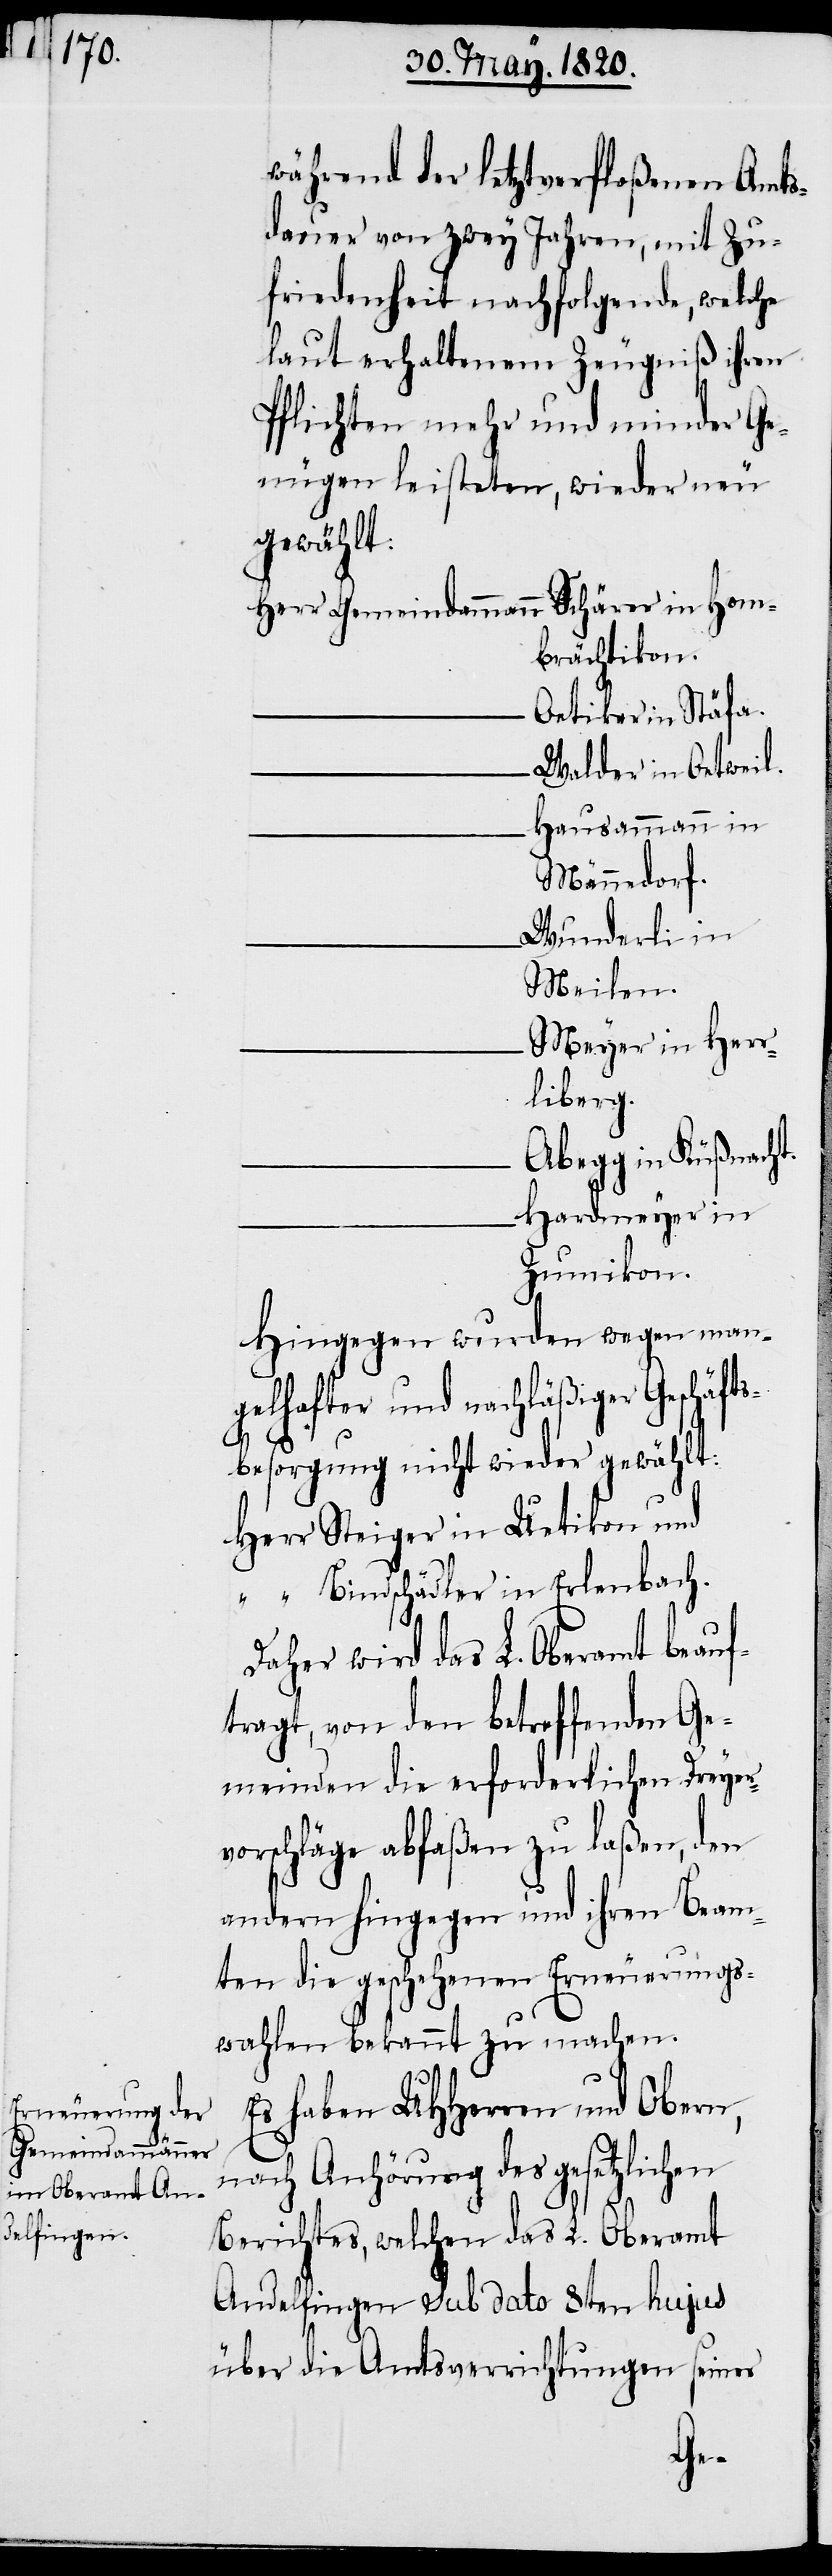
während der letztverfloßenen Amts¬
dauer von zwey Jahren, mit Zu¬
friedenheit nachfolgenden, welche
laut erhaltenem Zeugniß ihre
Pflichten mehr und minder Ge¬
nügen leisteten, wieder neu
gewählt:
Herr Gemeindammann	Schärer in Hom¬
brächtikon.
Oetiker in Stäfa.
Walder in Oetwil.
Hausammann in
Männedorf.
Wunderli in
Meilen.
Meyer in Herr¬
liberg.
Abegg in Küßnacht.
Hardmeyer in
Zumikon.
Hingegen wurden wegen man¬
gelhafter und nachläßiger Geschäft¬
sbesorgung nicht wieder gewählt:
Herr Steiger in Uetikon und
“ Bindschädler in Erlenbach.
Daher wird das L. Oberamt beauf¬
tragt, von den betreffenden Ge¬
meinden die erforderlichen Dreyer¬
vorschläge abfaßen zu laßen, den
andern hingegen und ihren Beam¬
ten die geschehenen Erneuerungs¬
wahlen bekannt zu machen.
Es haben UHherren und Obern,
nach Anhörung des gesetzlichen
Berichtes, welchen das L. Oberamt
Andelfingen Sub dato 8ten hujus
über die Amtsverrichtungen seiner